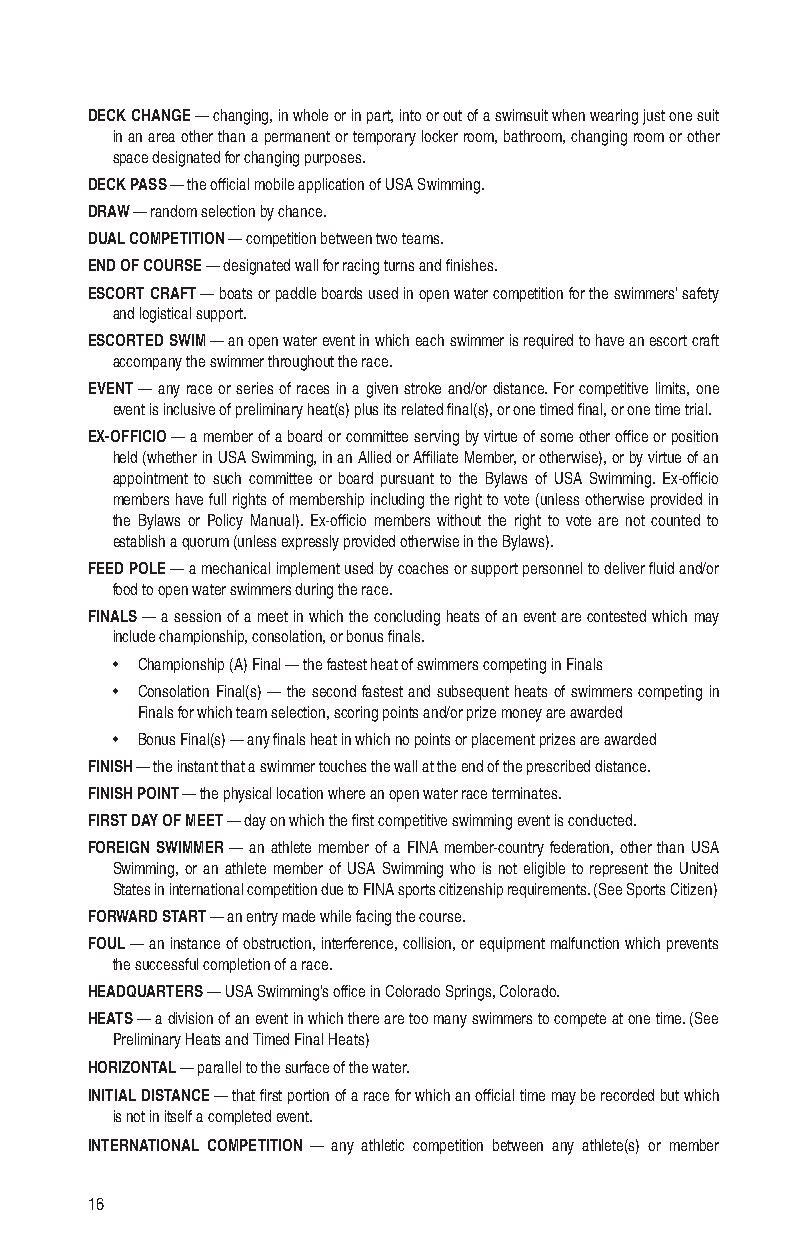
DECK CHANGE — changing, in whole or in part, into or out of a swimsuit when wearing just one suit
 in an area other than a permanent or temporary locker room, bathroom, changing room or other
 space designated for changing purposes.
 DECK PASS — the official mobile application of USA Swimming.
 DRAW — random selection by chance.
 DUAL COMPETITION — competition between two teams.
 END OF COURSE — designated wall for racing turns and finishes.
 ESCORT CRAFT — boats or paddle boards used in open water competition for the swimmers’ safety
 and logistical support.
 ESCORTED SWIM — an open water event in which each swimmer is required to have an escort craft
 accompany the swimmer throughout the race.
 EVENT — any race or series of races in a given stroke and/or distance. For competitive limits, one
 event is inclusive of preliminary heat(s) plus its related final(s), or one timed final, or one time trial.
 EX-OFFICIO — a member of a board or committee serving by virtue of some other office or position
 held (whether in USA Swimming, in an Allied or Affiliate Member, or otherwise), or by virtue of an
 appointment to such committee or board pursuant to the Bylaws of USA Swimming. Ex-officio
 members have full rights of membership including the right to vote (unless otherwise provided in
 the Bylaws or Policy Manual). Ex-officio members without the right to vote are not counted to
 establish a quorum (unless expressly provided otherwise in the Bylaws).
 FEED POLE — a mechanical implement used by coaches or support personnel to deliver fluid and/or
 food to open water swimmers during the race.
 FINALS — a session of a meet in which the concluding heats of an event are contested which may
 include championship, consolation, or bonus finals.
 • Championship (A) Final — the fastest heat of swimmers competing in Finals
 • Consolation Final(s) — the second fastest and subsequent heats of swimmers competing in
 Finals for which team selection, scoring points and/or prize money are awarded
 • Bonus Final(s) — any finals heat in which no points or placement prizes are awarded
 FINISH — the instant that a swimmer touches the wall at the end of the prescribed distance.
 FINISH POINT — the physical location where an open water race terminates.
 FIRST DAY OF MEET — day on which the first competitive swimming event is conducted.
 FOREIGN SWIMMER — an athlete member of a FINA member-country federation, other than USA
 Swimming, or an athlete member of USA Swimming who is not eligible to represent the United
 States in international competition due to FINA sports citizenship requirements. (See Sports Citizen)
 FORWARD START — an entry made while facing the course.
 FOUL — an instance of obstruction, interference, collision, or equipment malfunction which prevents
 the successful completion of a race.
 HEADQUARTERS — USA Swimming’s office in Colorado Springs, Colorado.
 HEATS — a division of an event in which there are too many swimmers to compete at one time. (See
 Preliminary Heats and Timed Final Heats)
 HORIZONTAL — parallel to the surface of the water.
 INITIAL DISTANCE — that first portion of a race for which an official time may be recorded but which
 is not in itself a completed event.
 INTERNATIONAL COMPETITION — any athletic competition between any athlete(s) or member
 16